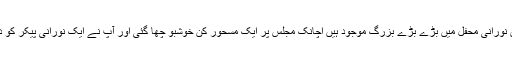
حضرت بابا بلھے شاہ نے دیکھا کہ ایک نورانی محفل ہے اور اس نورانی محفل میں بڑے بڑے بزرگ موجود ہیں اچانک مجلس پر ایک مسحور کن خوشبو چھا گئی اور آپ نے ایک نورانی پیکر کو دیکھا اور پھر بتایا گیا یہی آقائے دو جہاں حضور نبی کریم ﷺ ہیں۔